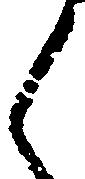
く